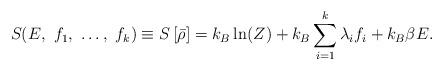
LaTeX: \begin{align*}S(E,\ f_1,\ \ldots,\ f_k) \equiv S\left[\bar{\rho}\right] = k_B\ln(Z) + k_B\sum_{i=1}^k \lambda_i f_i + k_B\beta E.\end{align*}